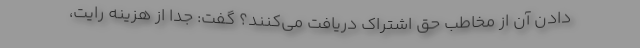
دادن آن از مخاطب حق اشتراک دریافت می‌کنند؟ گفت: جدا از هزینه رایت،